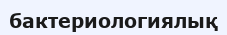
бактериологиялық